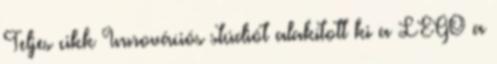
Teljes cikk Innovációs stúdiót alakított ki a LEGO a